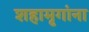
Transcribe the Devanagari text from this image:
शहामृगांना